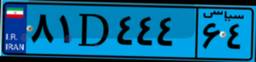
۸۱D۴۴۴۶۴